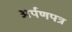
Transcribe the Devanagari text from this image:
अर्पणपत्र